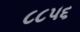
૮૮૫૬